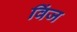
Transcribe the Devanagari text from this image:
विंज